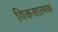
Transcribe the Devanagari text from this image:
विकसात्मक